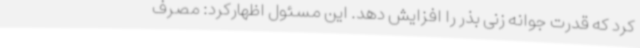
کرد که قدرت جوانه زنی بذر را افزایش دهد. این مسئول اظهارکرد: مصرف